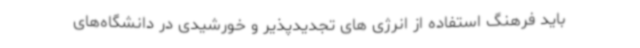
باید فرهنگ استفاده از انرژی های تجدیدپذیر و خورشیدی در دانشگاه‌های